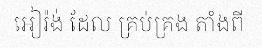
អៀរ៉ង់ ដែល គ្រប់គ្រង តាំងពី